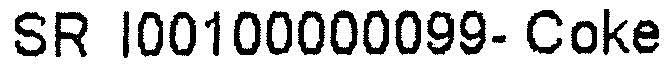
SR I00100000099- COKE